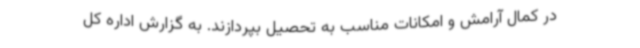
در کمال آرامش و امکانات مناسب به تحصیل بپردازند. به گزارش اداره کل